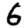
Digit: 6